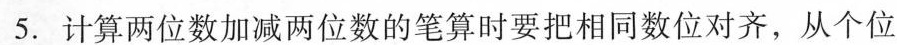
5.计算两位数加减两位数的笔算时要把相同数位对齐，从个位